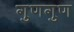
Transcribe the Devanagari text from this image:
गुणगुण